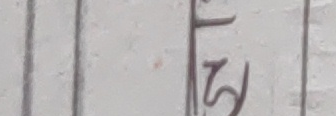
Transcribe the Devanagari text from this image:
एसटि